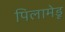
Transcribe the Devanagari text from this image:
पिलामेडू